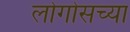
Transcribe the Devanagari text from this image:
लोगोसच्या